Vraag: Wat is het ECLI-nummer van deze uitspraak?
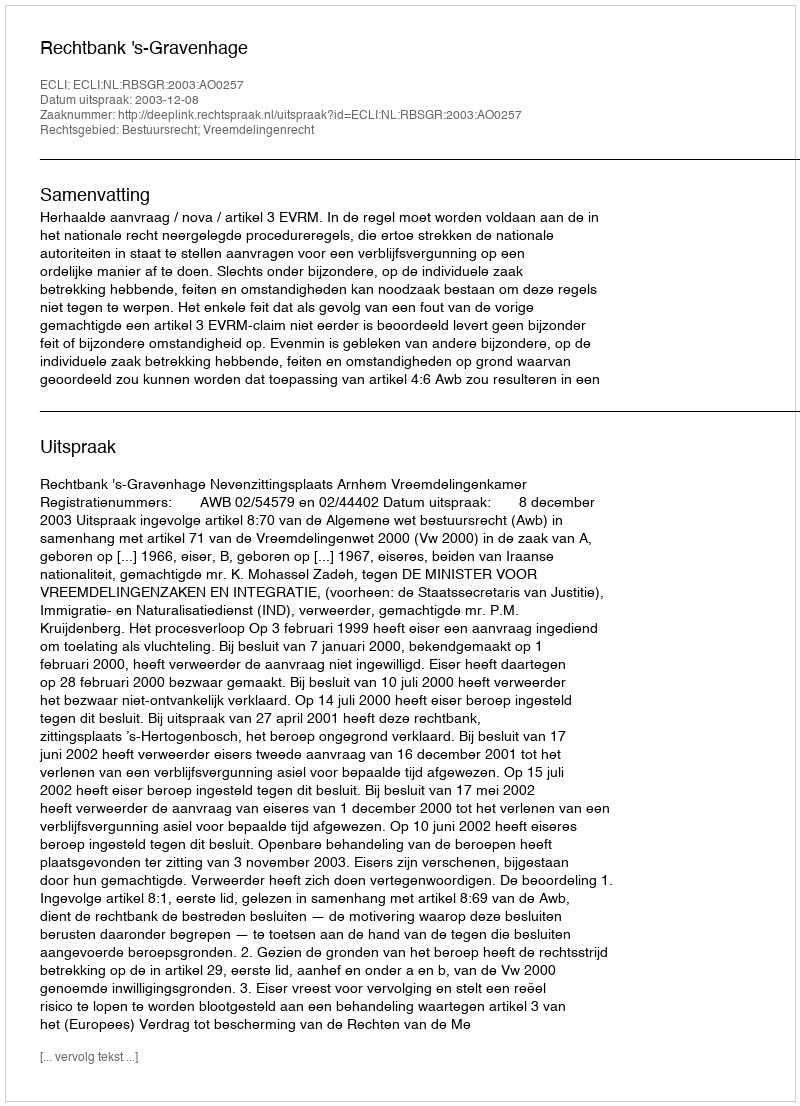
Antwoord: ECLI:NL:RBSGR:2003:AO0257